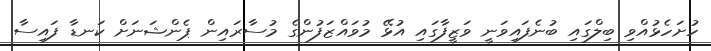
ހުށަހެޅުއްވި ބިލްގައި ބުނެފައިވަނީ ވަޒީފާގައި އުޅޭ މުވައްޒަފުންގެ މުސާރައިން ޕެންޝަނަށް ކަނޑާ ފައިސާ